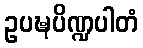
ဥပဍ္ဎပိဏ္ဍပါတံ